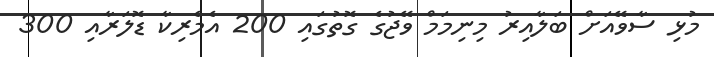
މުޅި ސާވޭއަށް ބަލާއިރު މިނިމަމް ވޭޖުގެ ގޮތުގައި 200 އެމެރިކާ ޑޮލަރާއި 300